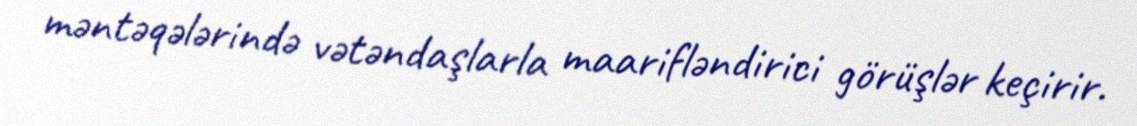
məntəqələrində vətəndaşlarla maarifləndirici görüşlər keçirir.